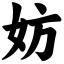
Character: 妨